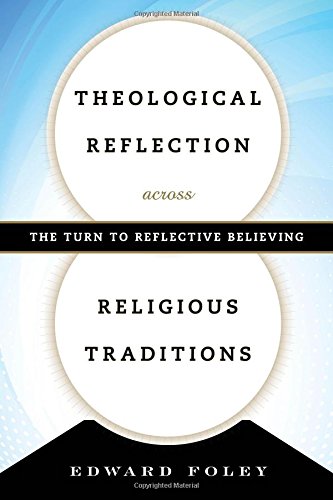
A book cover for Theological Reflection across Religious Traditions: The Turn to Reflective Believing; Edward Foley Capuchin  Duns Scotus Professor of Spirituality  Catholic Theological Union; Christian Books & Bibles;